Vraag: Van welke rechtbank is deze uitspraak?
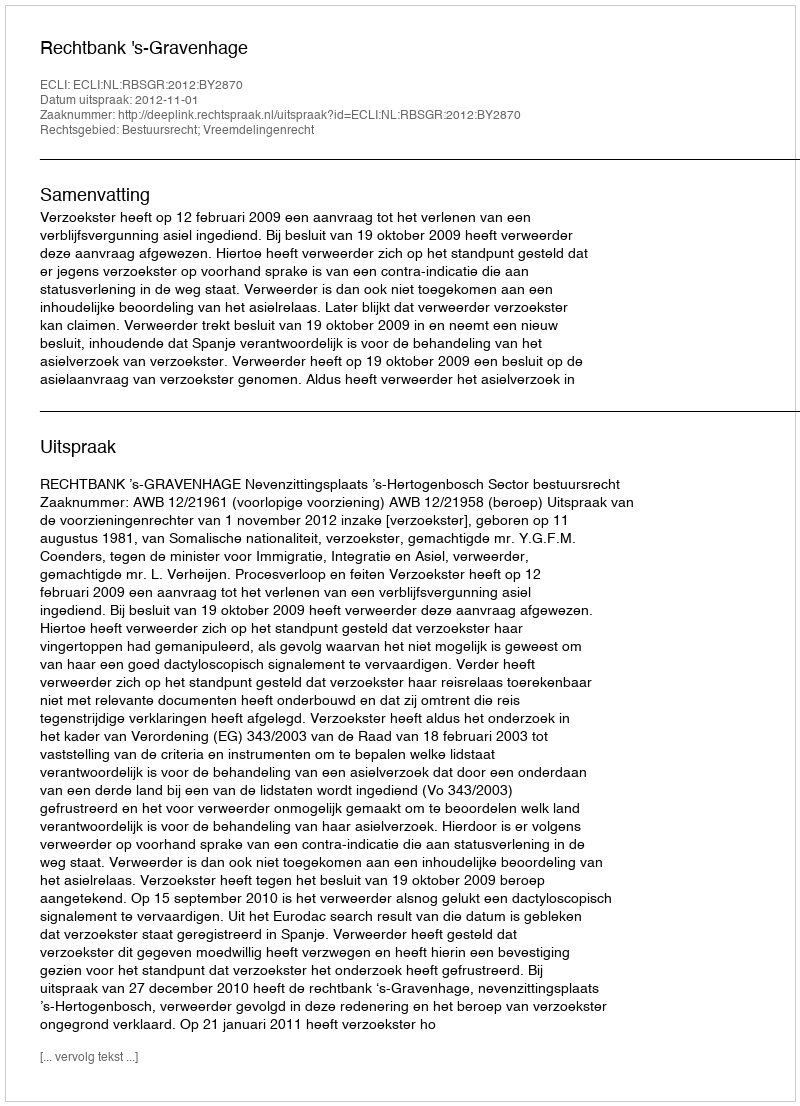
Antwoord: Rechtbank 's-Gravenhage